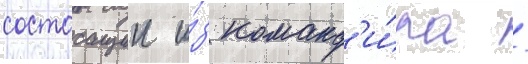
состоащии и́з команд'и́ра /